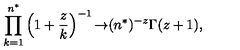
\prod _ { k = 1 } ^ { n ^ { * } } \left( 1 + \frac { z } { k } \right) ^ { - 1 } { \rightarrow } ( n ^ { * } ) ^ { - z } \Gamma ( z + 1 ) ,